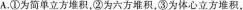
A.①为简单立方堆积，②为六方堆积，③为体心立方堆积，